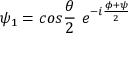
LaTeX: \psi _ { 1 } = c o s \frac { \theta } { 2 } ~ e ^ { - i \frac { \phi + \psi } { 2 } }